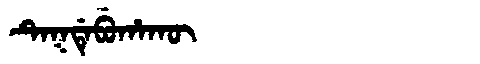
Manchu: ᡨᡝᡴᡩᡝᠪᡠᡥᠠᡴᡡ
Romanization: TEKDEBUHAKŪ